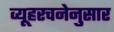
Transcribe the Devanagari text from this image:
व्यूहरचनेनुसार